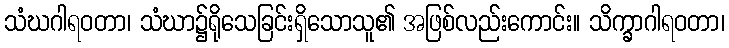
သံဃဂါရဝတာ၊ သံဃာ၌ရိုသေခြင်းရှိသောသူ၏ အဖြစ်လည်းကောင်း။ သိက္ခာဂါရဝတာ၊